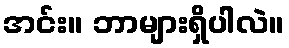
အင်း။ ဘာများရှိပါလဲ။